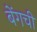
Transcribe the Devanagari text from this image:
बेंगची